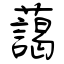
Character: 藹